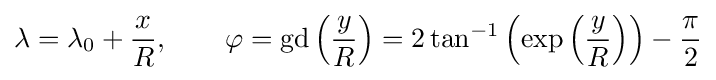
\lambda =\lambda _{0}+{\frac {x}{R}},\qquad \varphi =\operatorname {gd} \left({\frac {y}{R}}\right)=2\tan ^{-1}\left(\exp \left({\frac {y}{R}}\right)\right)-{\frac {\pi }{2}}